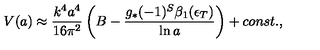
{ V } ( a ) \approx { \frac { k ^ { 4 } a ^ { 4 } } { 1 6 \pi ^ { 2 } } } \left( B - { \frac { g _ { * } ( - 1 ) ^ { S } \beta _ { 1 } ( \epsilon _ { T } ) } { \ln a } } \right) + c o n s t . ,